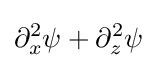
\partial _{x}^{2}\psi +\partial _{z}^{2}\psi